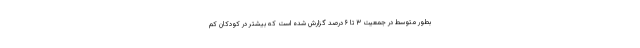
بطور متوسط در جمعیت ۳ تا ۶ درصد گزارش شده است که بیشتر در کودکان کم